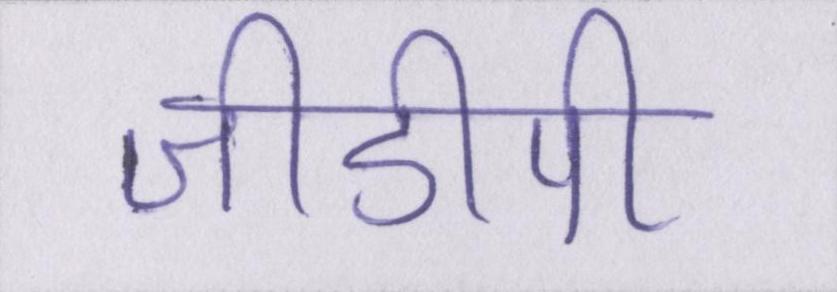
जीडीपी